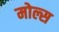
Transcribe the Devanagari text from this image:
मोल्स